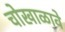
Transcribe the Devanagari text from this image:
चोखाळावे